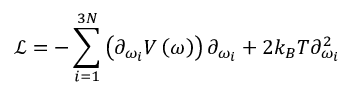
\mathcal { L } = - \sum _ { i = 1 } ^ { 3 N } \left( \partial _ { \omega _ { i } } V \left( \omega \right) \right) \partial _ { \omega _ { i } } + 2 k _ { B } T \partial _ { \omega _ { i } } ^ { 2 }